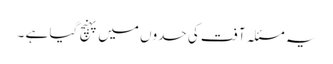
یہ مسئلہ آفت کی حدوں میں پہنچ گیا ہے ۔